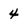
Character: 4